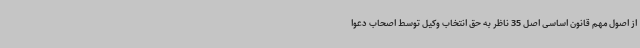
از اصول مهم قانون اساسی اصل 35 ناظر به حق انتخاب وکیل توسط اصحاب دعوا